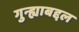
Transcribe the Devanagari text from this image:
गुन्ह्याबद्दल